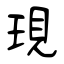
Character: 現